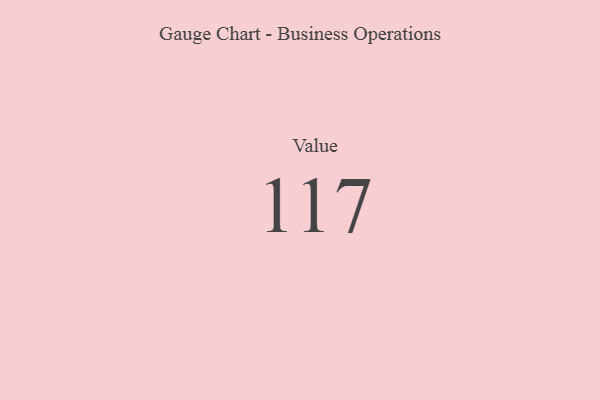
{"axis": {"x": "Metric", "y": "Value"}, "legend": [""], "data": [{"x": "Value", "y": 117, "type": ""}]}